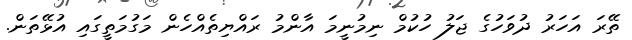
ތޭރަ އަހަރު ދުވަހުގެ ޖަލު ހުކުމް ނިމުނީމަ އާންމު ރައްޔިތެއްހެން މަގުމަތީގައި އުޅޭތަން.